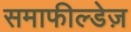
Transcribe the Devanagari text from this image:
समाफील्डेज़